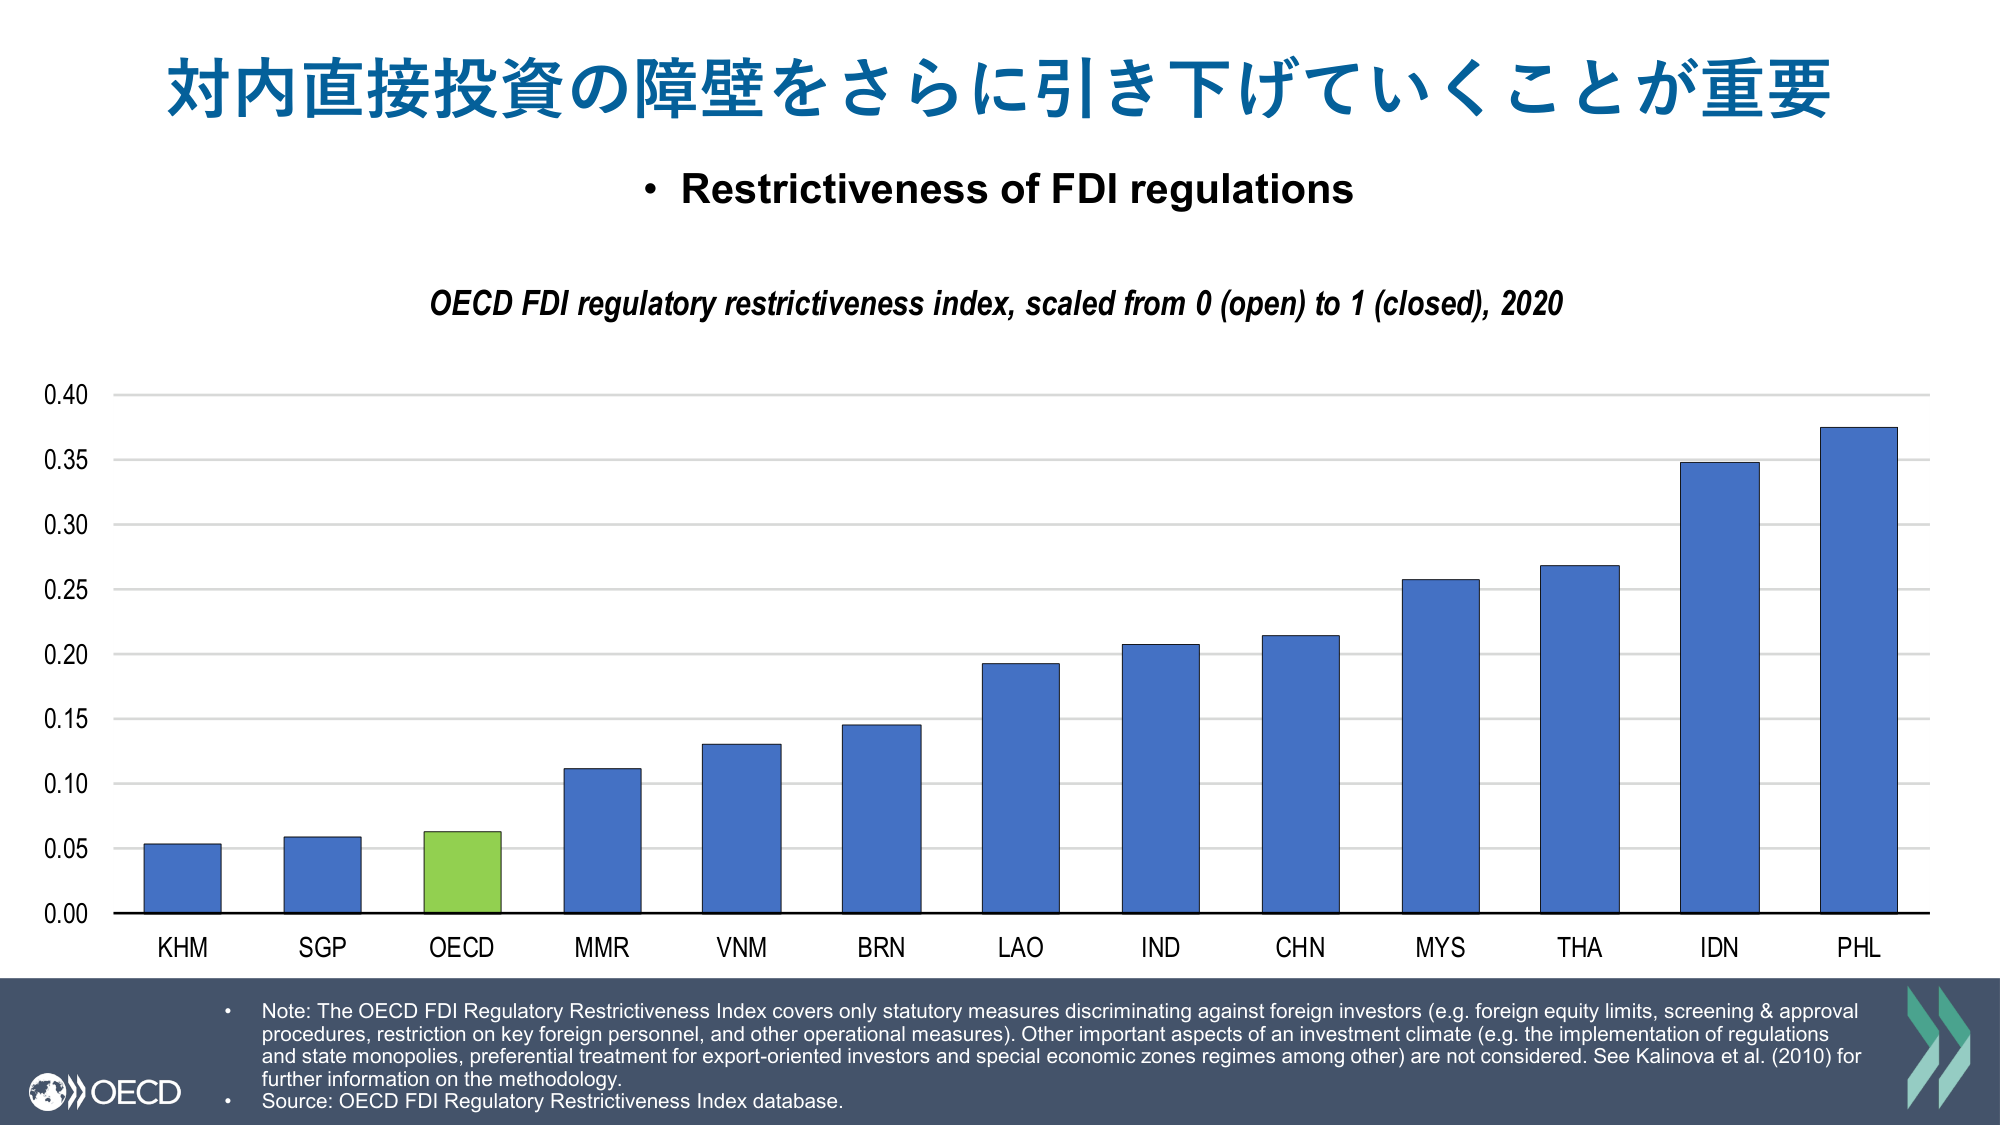
対内直接投資の障壁をさらに引き下げていくことが重要
• Restrictiveness of FDI regulations
OECD FDI regulatory restrictiveness index, scaled from 0 (open) to 1 (closed), 2020
0.40
0.35
0.30
0.25
0.20
0.15
0.10
0.05
0.00
KHM
SGP
OECD
MMR
VNM
BRN
LAO
IND
CHN
MYS
THA
IDN
PHL
• Note: The OECD FDI Regulatory Restrictiveness Index covers only statutory measures discriminating against foreign investors (e.g. foreign equity limits, screening & approval procedures, restriction on key foreign personnel, and other operational measures). Other important aspects of an investment climate (e.g. the implementation of regulations and state monopolies, preferential treatment for export-oriented investors and special economic zones regimes among other) are not considered. See Kalinova et al. (2010) for further information on the methodology.
• Source: OECD FDI Regulatory Restrictiveness Index database.
OECD